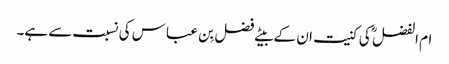
ام الفضل ؓ کی کنیت ان کے بیٹے فضل بِن عباس کی نسبت سے ہے۔